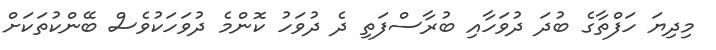
މިދިޔަ ހަފްތާގެ ބުދަ ދުވަހާއި ބުރާސްފަތި ދެ ދުވަހު ކޮންމެ ދުވަހަކުވެސް ބޭންކުތަަކަށް